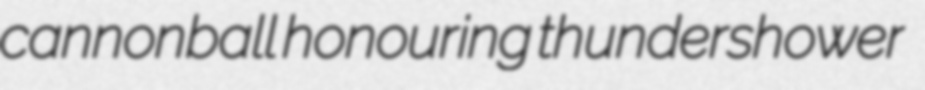
cannonball honouring thundershower